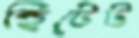
হিটেট